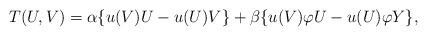
LaTeX: \begin{align*}T(U,V)=\alpha \{u(V)U-u(U)V\}+\beta \{u(V)\varphi U-u(U)\varphi Y\}, \end{align*}